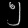
Digit: ၅